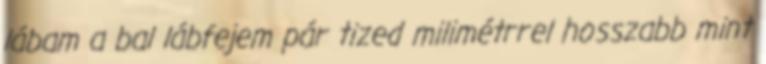
lábam a bal lábfejem pár tized milimétrrel hosszabb mint